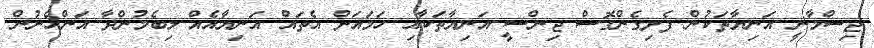
ޖިސްމާނީ އަނިޔާތަކުން ފެށިގެންގޮސް ޖިންސީ އަނިޔާތަކާއި ހަމައަށް އެތައް އަނިޔާއެއް ލިބެމުންދާ އަންހެނުން